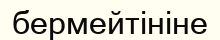
бермейтініне